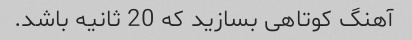
آهنگ کوتاهی بسازید که 20 ثانیه باشد.